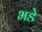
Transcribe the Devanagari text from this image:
भडे